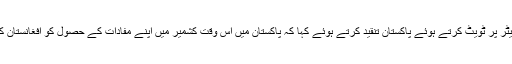
سابق افغان صدر کا سماجی رابطے کی ویب سائٹ ٹویٹر پر ٹویٹ کرتے ہوئے پاکستان تنقید کرتے ہوئے کہا کہ پاکستان میں اس وقت کشمیر میں اپنے مفادات کے حصول کو افغانستان کے امن عمل سے جوڑے جانے کی باتیں چل رہی ہیں۔